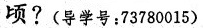
顷?(导学号；73780015)